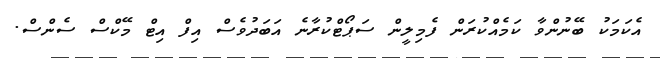
އެކަމަކު ބޭނުންވާ ކަމެއްކުރަން ފެމިލީން ސަޕޯޓްކުރާނެ އަބަދުވެސް އިފް އިޓް މޭކްސް ސެންސް.